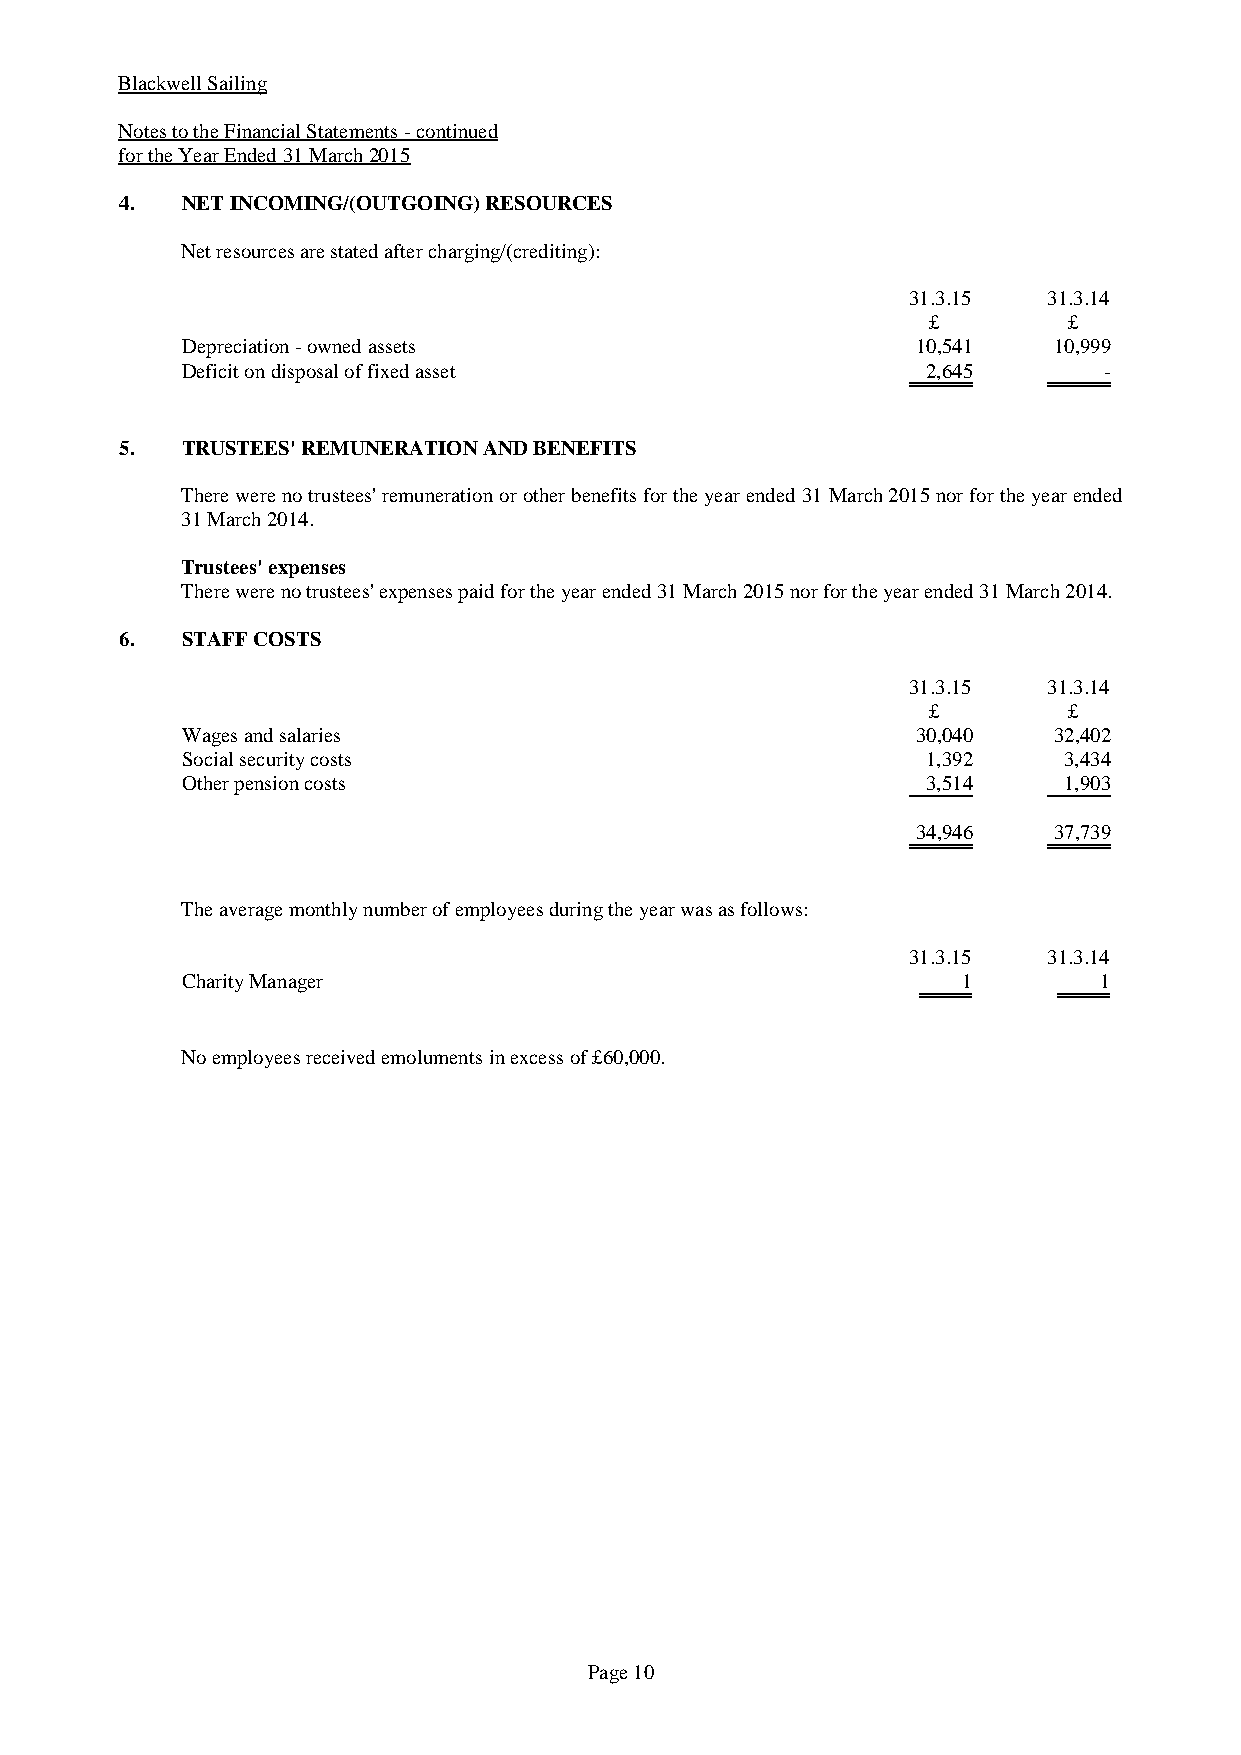
Blackwell Sailing
 Notes to the Financial Statements - continued
 for the Year Ended 31 March 2015
 4.  NET INCOMING/(OUTGOING) RESOURCES
 Net resources are stated after charging/(crediting):
 31.3.15  31.3.14
 £         £
 Depreciation - owned assets                      10,541   10,999
 Deficit on disposal of fixed asset               2,645       -
 5.  TRUSTEES' REMUNERATION AND BENEFITS
 There were no trustees' remuneration or other benefits for the year ended 31 March 2015 nor for the year ended
 31 March 2014.
 Trustees' expenses
 There were no trustees' expenses paid for the year ended 31 March 2015 nor for the year ended 31 March 2014.
 6.  STAFF COSTS
 31.3.15  31.3.14
 £         £
 Wages and salaries                               30,040   32,402
 Social security costs                            1,392    3,434
 Other pension costs                              3,514    1,903
 34,946   37,739
 The average monthly number of employees during the year was as follows:
 31.3.15  31.3.14
 Charity Manager                                     1        1
 No employees received emoluments in excess of £60,000.
 Page 10